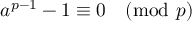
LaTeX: a ^ { p - 1 } - 1 \equiv 0 { \pmod { p } }